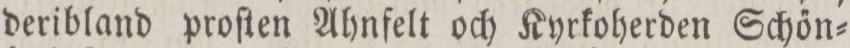
deribland proſten Ahnfelt och Kyrkoherden Schőn=